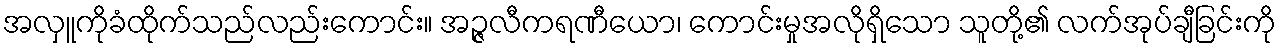
အလှူကိုခံထိုက်သည်လည်းကောင်း။ အဉ္ဇလီကရဏီယော၊ ကောင်းမှုအလိုရှိသော သူတို့၏ လက်အုပ်ချီခြင်းကို